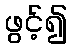
ဖွင့်၍